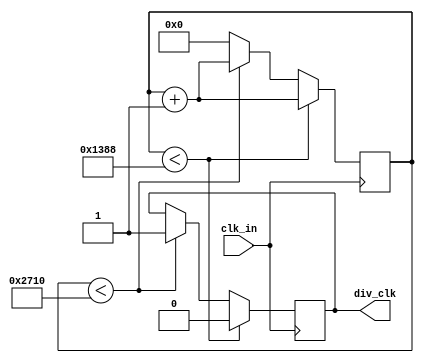
`timescale 1ns / 1ps
//////////////////////////////////////////////////////////////////////////////////
// Company: 
// 
// Design Name: 
// Module Name: clkDiv10K
// Project Name: Lab 4
// Target Devices: 
// Tool Versions: 
// Description: Dividing clock by 10K (to drive seven segment display)
// 
// Dependencies: 
// 
// Revision:
// Revision 0.01 - File Created
// Additional Comments:
// 
//////////////////////////////////////////////////////////////////////////////////


module clkDiv10K(
        input clk_in,    
        output div_clk
        );
        reg clk_out;
        reg [13:0] count10K;
        
        //Simple clock divider using counter
        always @ (posedge clk_in)
            if (count10K < 5000)
                begin
                    count10K <= count10K + 1;
                    clk_out <= 0;
                end
            else if (count10K < 10000)
                begin
                    count10K <= count10K + 1;
                    clk_out <= 1;
                end
            else 
                begin
                    count10K <= 0;
                end
        assign div_clk = clk_out; 
endmodule